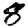
Digit: 8